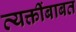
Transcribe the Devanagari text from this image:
व्यक्तींबाबत